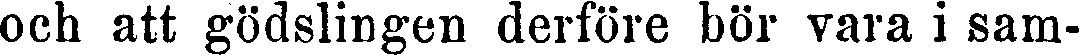
och att gödslingen derföre bör vara i sam-